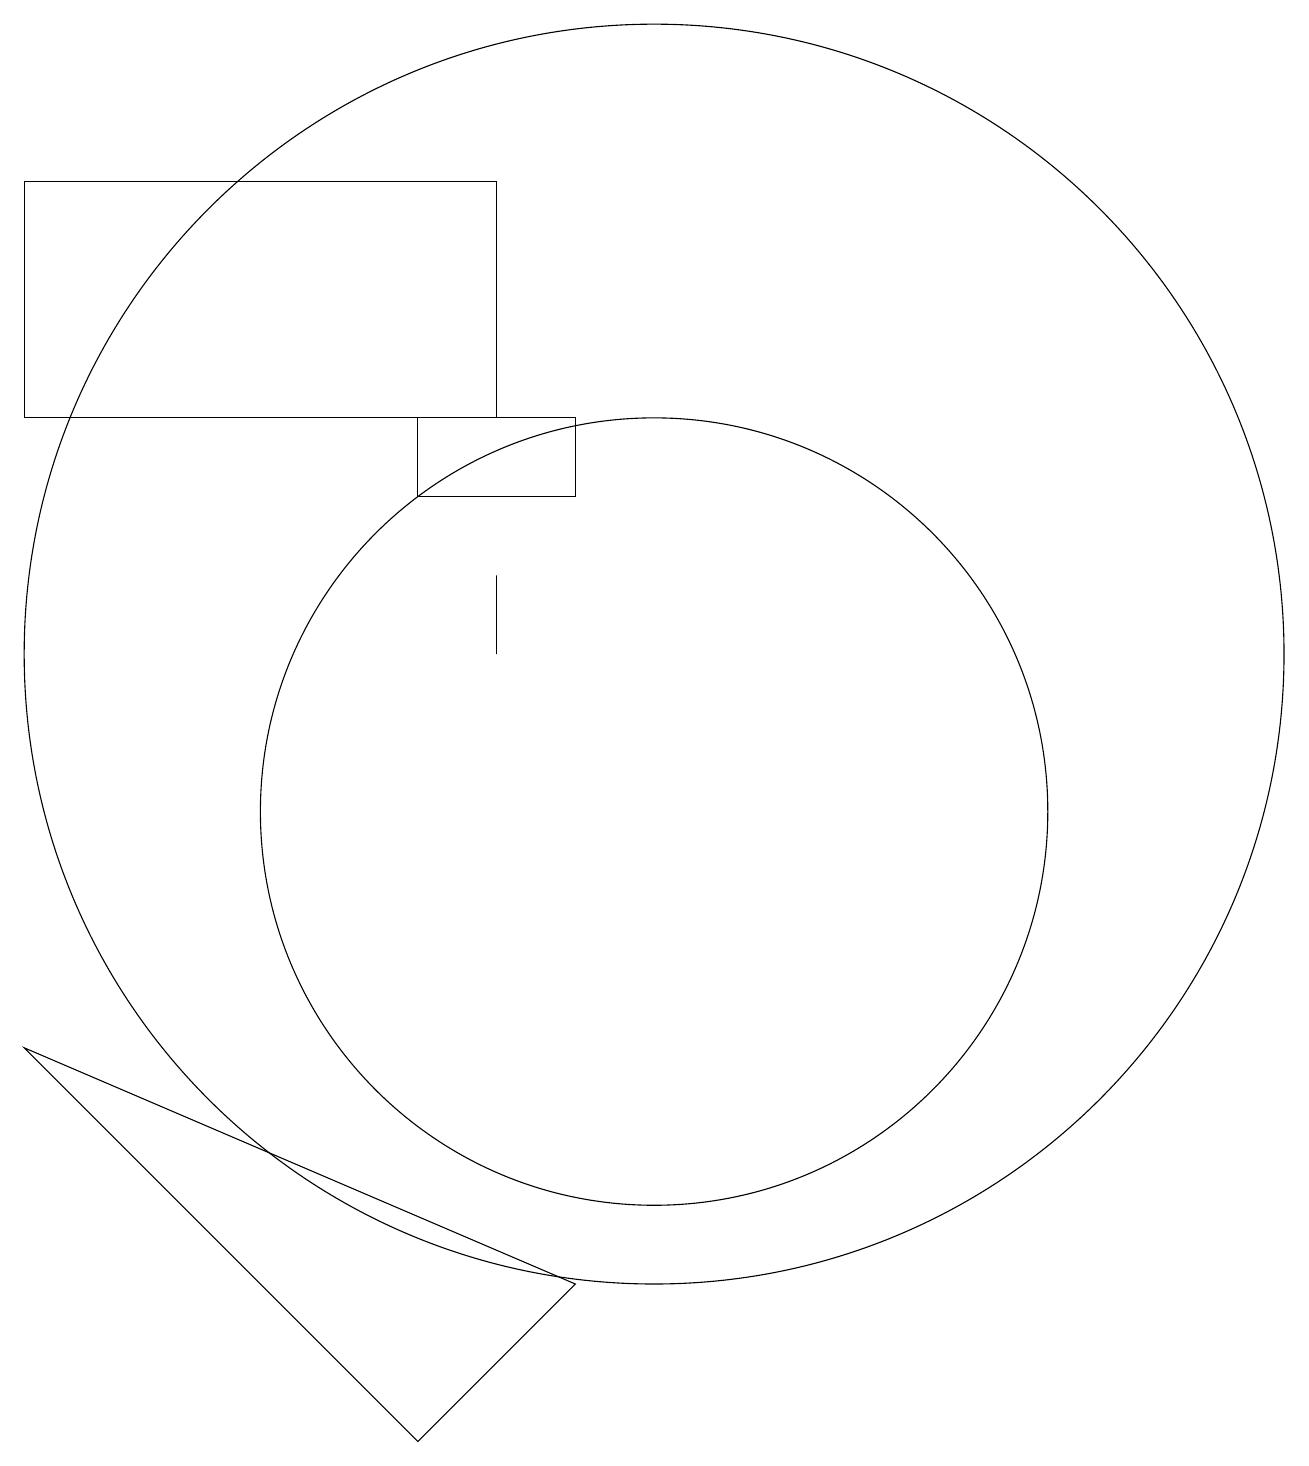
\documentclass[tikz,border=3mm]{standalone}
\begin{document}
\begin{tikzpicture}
\draw (8,18) rectangle (2,15);
\draw (9,4) -- (2,7) -- (7,2) -- cycle;
\draw (8,12) rectangle (8,13);
\draw (10,12) circle (8);
\draw (7,14) rectangle (9,15);
\draw (10,10) circle (5);
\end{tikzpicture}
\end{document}